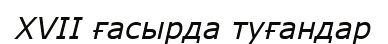
XVII ғасырда туғандар